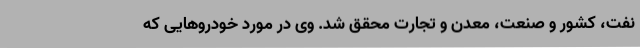
نفت، ‌کشور و صنعت، ‌معدن و تجارت محقق شد. وی در مورد خودروهایی که